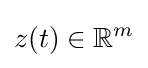
z(t)\in \mathbb {R} ^{m}